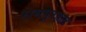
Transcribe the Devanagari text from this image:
रामपूरहाट